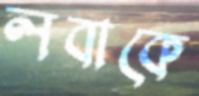
লবাকে